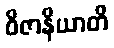
ဝိဇာနိယာတိ